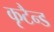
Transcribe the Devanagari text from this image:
कृटैन्ड